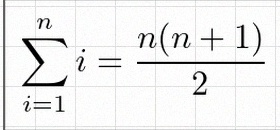
\sum_{i=1}^{n}i=\frac{n(n+1)}2